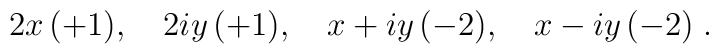
2x \, (+1), \quad 2iy \, (+1), \quad 	x+iy \, (-2), \quad x-iy \, (-2) \;.